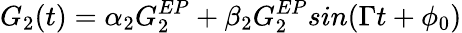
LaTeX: G_{2}(t)=\alpha_{2}G_{2}^{EP}+\beta_{2}G_{2}^{EP}sin(\Gamma t+\phi_{0})